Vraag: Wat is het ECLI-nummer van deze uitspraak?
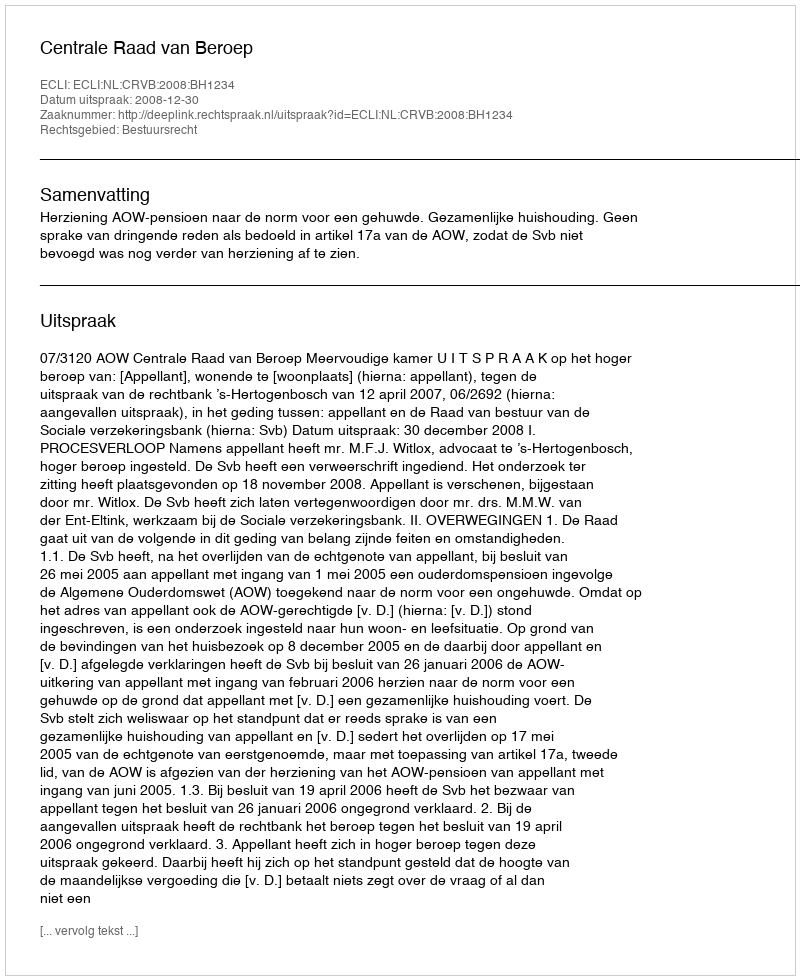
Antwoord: ECLI:NL:CRVB:2008:BH1234